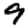
Digit: 9